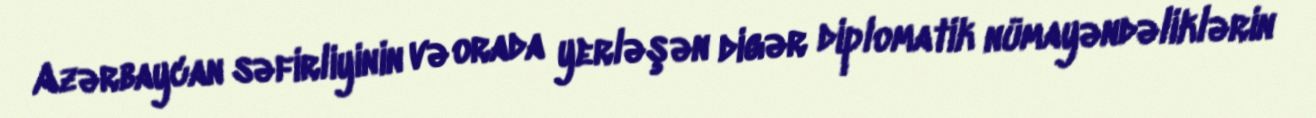
Azərbaycan səfirliyinin və orada yerləşən digər diplomatik nümayəndəliklərin